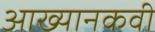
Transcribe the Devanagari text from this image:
आख्यानकवी